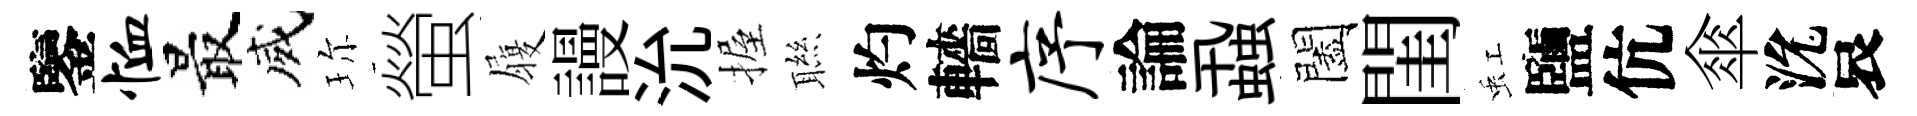
鑒恤最威珎螢履謾沇握聮灼轖序論蝨闔閨虹鹽伉傘沇哀